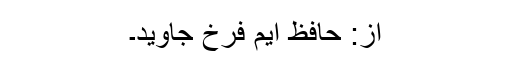
از: حافظ ایم فرخ جاوید۔